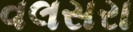
વલસરા